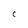
Character: C